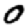
Digit: 0